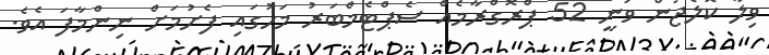
ވިލާ ކޮލެޖުން ވަނީ 52 ޕްރޮގްރާމެއް ސެޕްޓެމްބަރު މަހުގައި ފެށުމަށް ނިންމާފަ އެވެ.